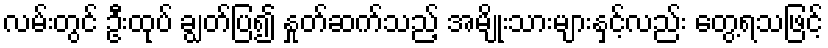
လမ်းတွင် ဦးထုပ် ချွတ်ပြ၍ နှုတ်ဆက်သည့် အမျိုးသားများနှင့်လည်း တွေ့ရသဖြင့်